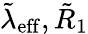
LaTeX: \tilde{\lambda}_{\mathrm{eff}},\tilde{R}_{1}